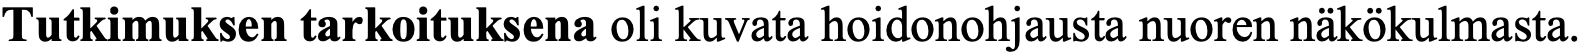
Tutkimuksen tarkoituksena oli kuvata hoidonohjausta nuoren näkökulmasta.